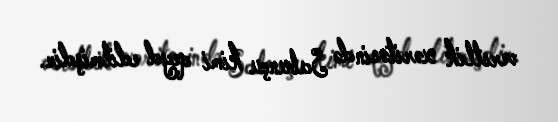
verstlik xəritəsində Sabunçu kimi qeyd edilmişdir.